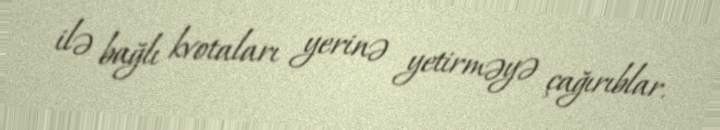
ilə bağlı kvotaları yerinə yetirməyə çağırıblar.